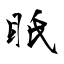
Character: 眂